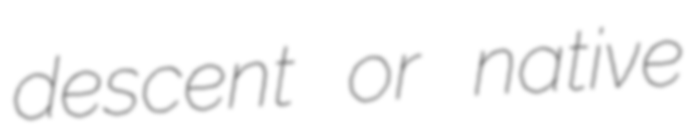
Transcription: descent or native